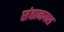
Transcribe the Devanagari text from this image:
संतानयश